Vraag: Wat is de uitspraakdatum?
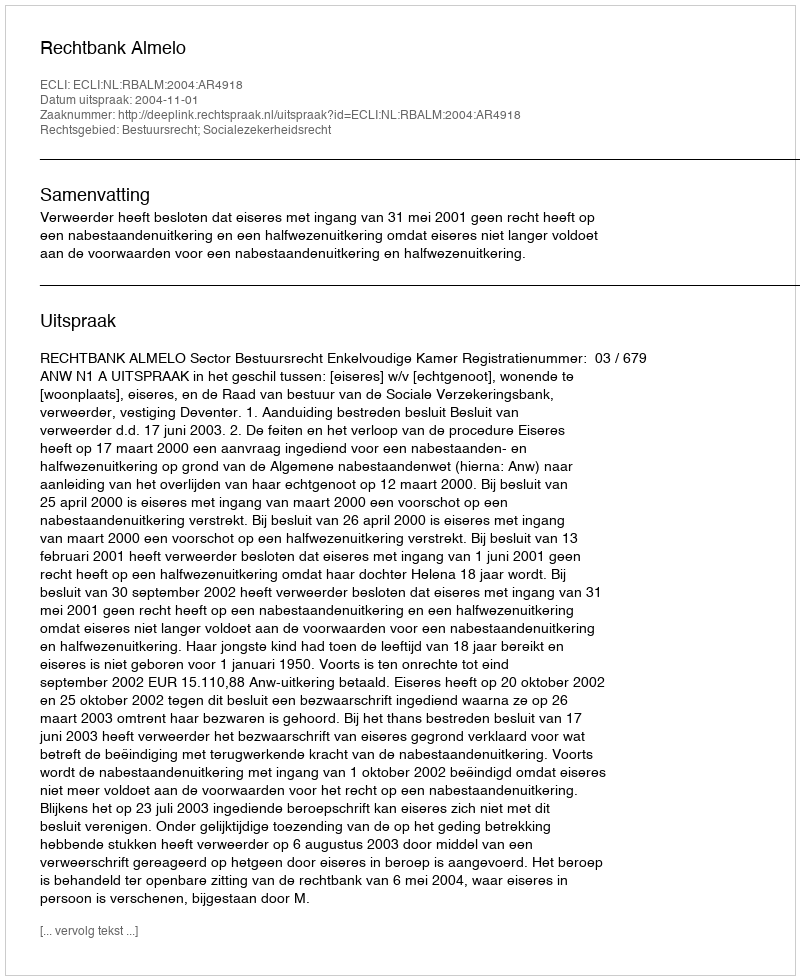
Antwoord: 2004-11-01